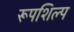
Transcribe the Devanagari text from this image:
रूपशिल्प